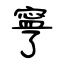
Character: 寜